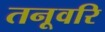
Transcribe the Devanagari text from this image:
तनूवरि